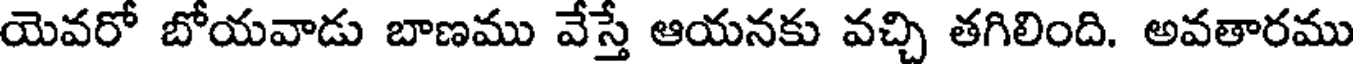
యెవరో బోయవాడు బాణము వేస్తే ఆయనకు వచ్చి తగిలింది. అవతారము